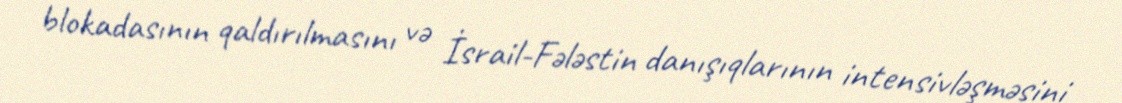
blokadasının qaldırılmasını və İsrail-Fələstin danışıqlarının intensivləşməsini